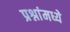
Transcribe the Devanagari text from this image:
प्रश्नांमध्ये